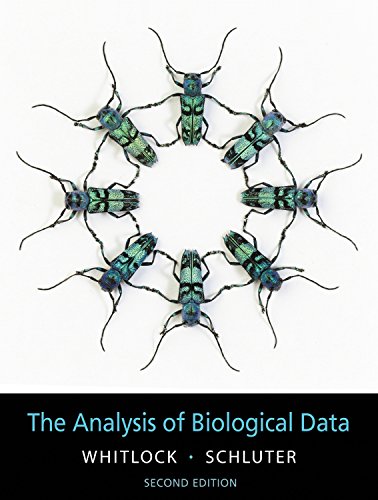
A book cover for The Analysis of Biological Data, Second Edition; Michael C. Whitlock; Medical Books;